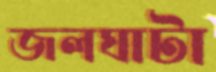
জলঘাটা